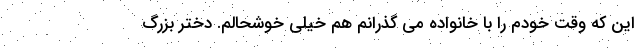
این که وقت خودم را با خانواده می گذرانم هم خیلی خوشحالم. دختر بزرگ